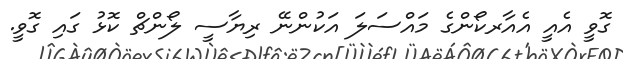
ގޮވީ އެއީ އެއާރކޯންގެ މައްސަލަ އަކުންނޭ ރިޔާސީ ލޯންޗް ކޮޅު ގައި ގޮވީ.